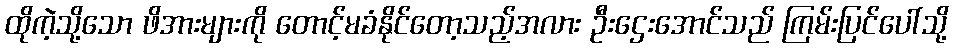
ထိုကဲ့သို့သော ဖိအားများကို တောင့်မခံနိုင်တော့သည့်အလား ဦးဌေးအောင်သည် ကြမ်းပြင်ပေါ်သို့